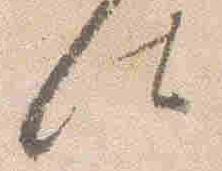
仕